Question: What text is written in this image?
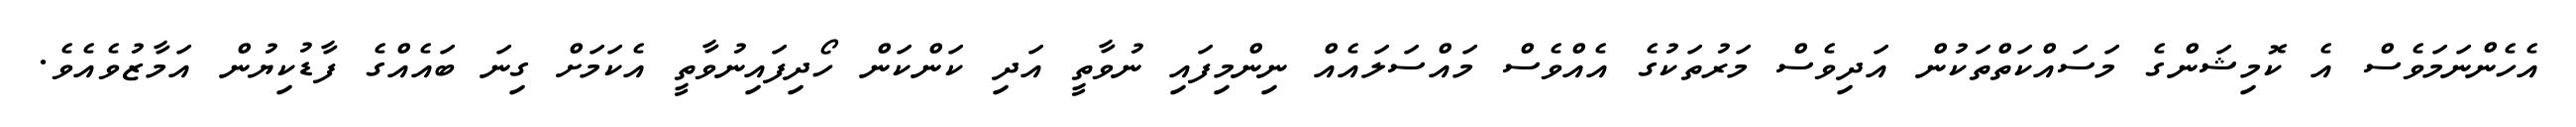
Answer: އެހެންނަމަވެސް އެ ކޮމިޝަންގެ މަސައްކަތްތަކުން އަދިވެސް މަރުތަކުގެ އެއްވެސް މައްސަލައެއް ނިންމިފައި ނުވާތީ އަދި ކަންކަން ހޯދިފައިނުވާތީ އެކަމަށް ގިނަ ބައެއްގެ ފާޑުކިޔުން އަމާޒުވެއެވެ.